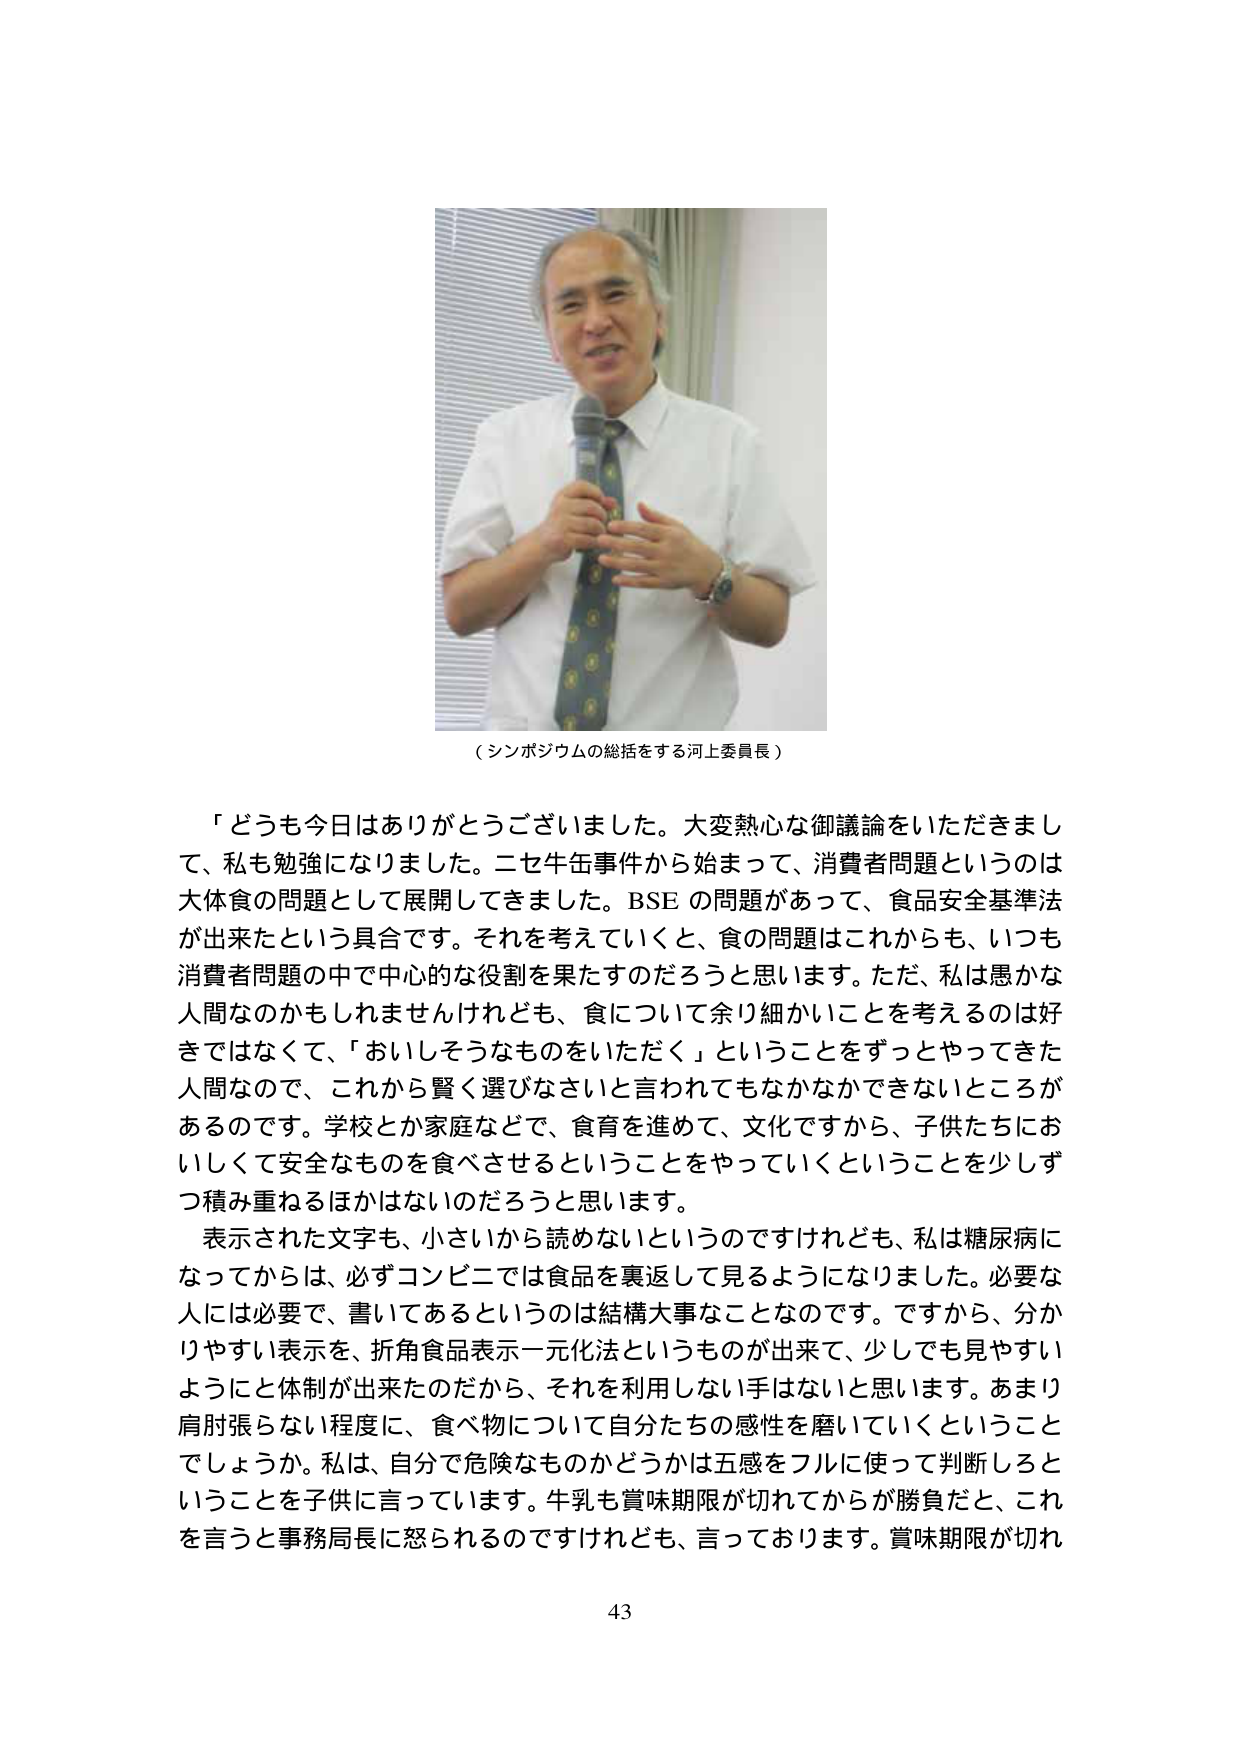
（シンポジウムの総括をする河上委員長）

「どうも今日はありがとうございました。大変熱心な御議論をいただきまして、私も勉強になりました。二セ牛缶事件から始まって、消費者問題というのは大体食の問題として展開してきました。BSE の問題があって、食品安全基準法が出来たという具合です。それを考えていくと、食の問題はこれからも、いつも消費者問題の中で中心的な役割を果たすのだろうと思います。ただ、私は愚かな人間なのかもしれませんがけれども、食について余り細かいことを考えるのは好きではなくて、「おいしそうなものをいただく」ということをずっとやってきた人間なので、これから賢く選びなさいと言われてもなかなかできないところがあるのです。学校とか家庭などで、食育を進めて、文化ですから、子供たちにおいしくて安全なものも食べさせるということをやっていくということを少しずつ積み重ねるほかはないのだろうと思います。

表示された文字も、小さいから読めないというのですけれども、私は糖尿病になってからは、必ずコンビニでは食品を裏返して見るようになりました。必要な人には必要で、書いてあるというのは結構大事なことなのです。ですから、分かりやすい表示を、折角食品表示一元化法というものが出来て、少しでも見やすいようにと体制が出来たのだから、それを利用しない手はないと思います。あまり肩肘張らない程度に、食べ物について自分たちの感性を磨いていくということでしょうか。私は、自分で危険なものかどうかは五感をフルに使って判断しろということを子供に言っています。牛乳も賞味期限が切れてからが勝負だと、これを言うと事務局長に怒られるのですけれども、言っております。賞味期限が切れ

43